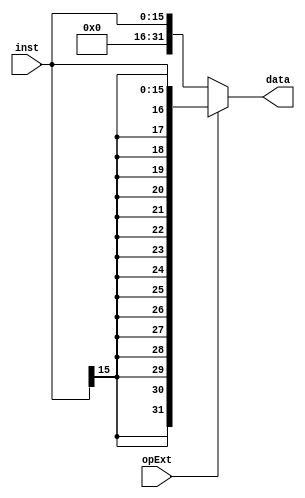
`timescale 1ns / 1ps
//////////////////////////////////////////////////////////////////////////////////
// Company: 
// Engineer: 
// 
// Design Name: 
// Module Name: signext
// Project Name: 
// Target Devices: 
// Tool Versions: 
// Description: 
// 
// Dependencies: 
// 
// Revision:
// Revision 0.01 - File Created
// Additional Comments:
// 
//////////////////////////////////////////////////////////////////////////////////


module signext(
    input [15:0] inst,
    input opExt,
    output reg [31:0] data
    );
    always @(inst or opExt)
    begin
    if(opExt)    
        data={ {16 {inst[15]}},inst};
    else
        data={ {16 {1'b0}},inst};
    end
endmodule